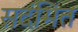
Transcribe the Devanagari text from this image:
सदंभित